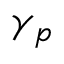
\gamma _ { p }